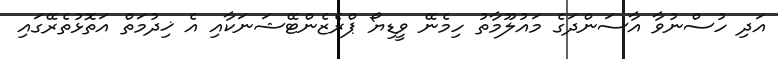
އަދި ހުސްނުވާ އާސަންދަގެ މައުލޫމާތު ހިމެނޭ ވީޑިޔޯ ޕްރެޒެންޓޭޝަނަކާއި އެ ޚިދުމަތް އަތޮޅުތެރޭގައި